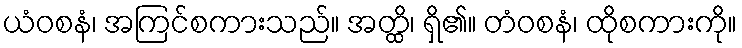
ယံဝစနံ၊ အကြင်စကားသည်။ အတ္ထိ၊ ရှိ၏။ တံဝစနံ၊ ထိုစကားကို။